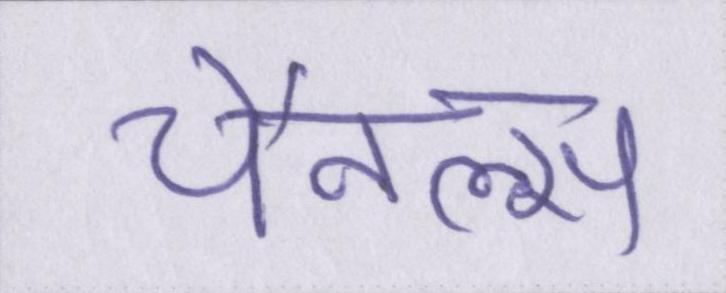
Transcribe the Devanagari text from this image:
चैनल्स